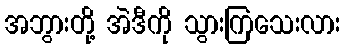
အဘွားတို့ အဲဒီကို သွားကြသေးလား